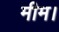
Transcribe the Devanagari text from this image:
मीम।